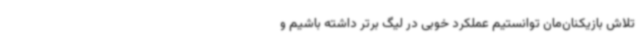
تلاش بازیکنان‌مان توانستیم عملکرد خوبی در لیگ برتر داشته باشیم و